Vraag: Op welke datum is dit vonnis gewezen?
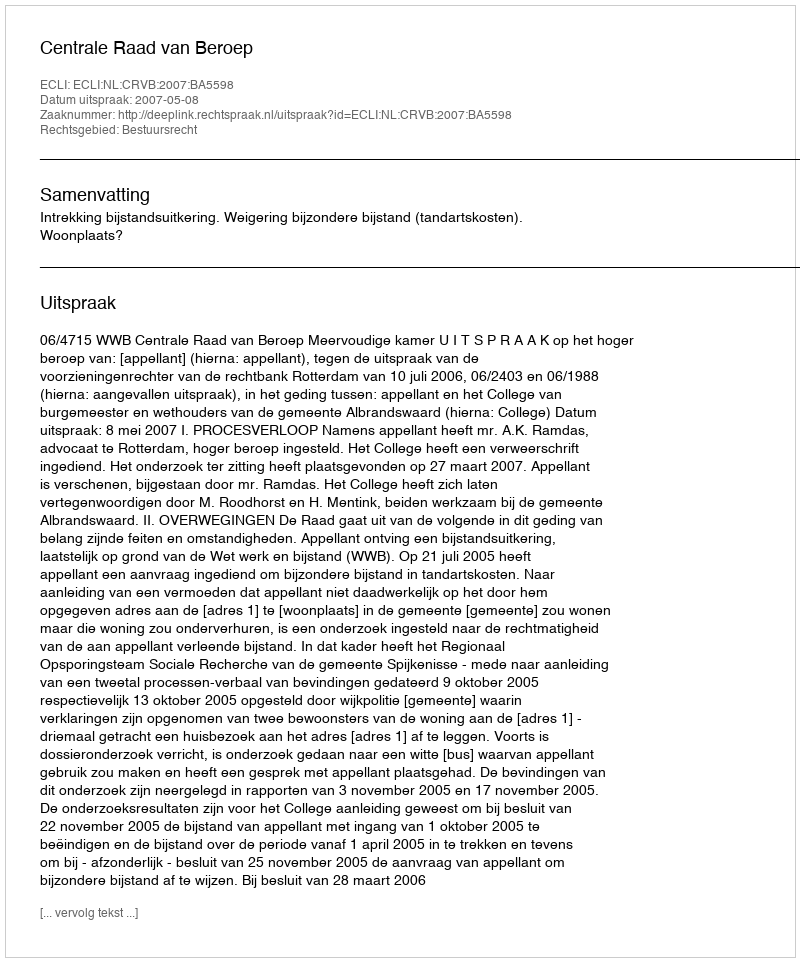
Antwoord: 2007-05-08